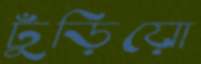
ঢুঁড়িয়ো